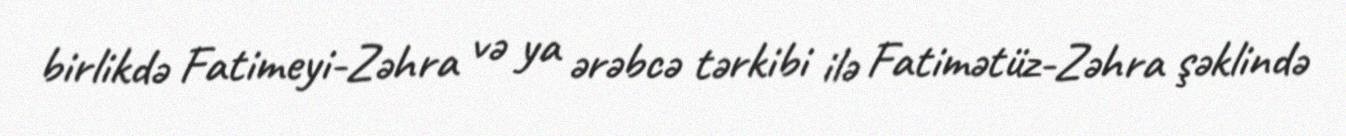
birlikdə Fatimeyi-Zəhra və ya ərəbcə tərkibi ilə Fatimətüz-Zəhra şəklində